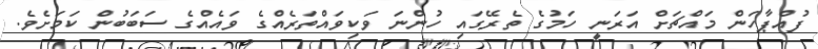
ފުއްޕާހަން މައްޗަށް އަރަނީ ހަމުގެ ތެރޭގައި ހުންނަ ވަކިވައްތަރެއްގެ ވައެއްގެ ސަބަބުން ކަމަށެވެ.